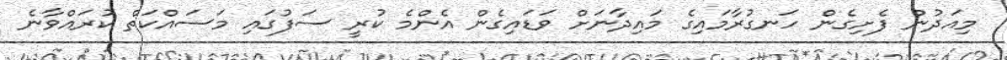
މިއަދުން ފެށިގެން ހަނގުރާމައިގެ މައިދާނަށް ވަޑައިގެން އެންމެ ކުރީ ސަފުގައި މަސައްކަތް ކުރައްވާނެ